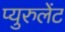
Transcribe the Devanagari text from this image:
प्युरुलेंट